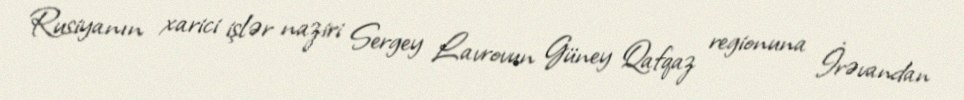
Rusiyanın xarici işlər naziri Sergey Lavrovun Güney Qafqaz regionuna İrəvandan